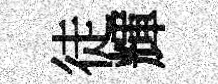
徒輝